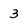
Character: 3